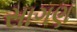
સાગણ